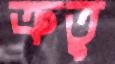
ক্রতু